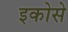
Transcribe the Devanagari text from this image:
इकोसे